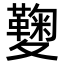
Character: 𡖁